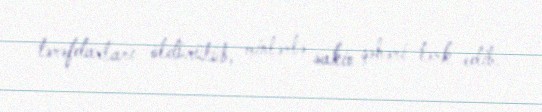
tərəfdarları öldürülüb, minlərlə sakin şəhəri tərk edib.